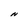
Character: N